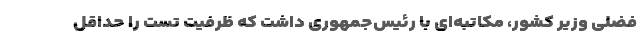
فضلی وزیر کشور، مکاتبه‌ای با رئیس‌جمهوری داشت که ظرفیت تست را حداقل